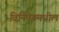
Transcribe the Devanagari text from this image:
विनिपेगमधील